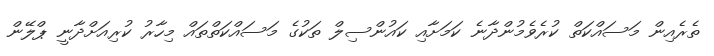
ތެރެއިން މަސައްކަތް ކުރެވެމުންދާނެ ކަމަށާއި ކައުންސިލް ތަކުގެ މަސައްކަތްތައް މިހާރު ކުރިއަށްދާނީ ޕްލޭން